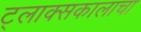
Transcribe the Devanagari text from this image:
ट्लाक्सकालाचा